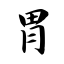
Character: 胃